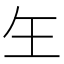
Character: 玍